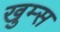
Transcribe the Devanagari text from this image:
खुम्स